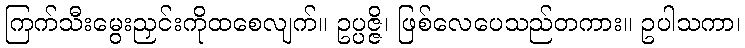
ကြက်သီးမွေးညှင်းကိုထစေလျက်။ ဥပ္ပဇ္ဇိ၊ ဖြစ်လေပေသည်တကား။ ဥပါသကာ၊